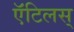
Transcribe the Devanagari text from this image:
ऍंटिलस्‌